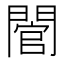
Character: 䦡